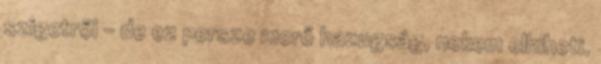
szigetről – de ez persze merő hazugság, nekem elhiheti.